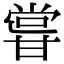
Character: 𭺮